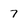
Character: 7